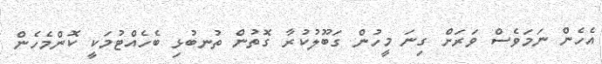
އެހެން ނަމަވެސް ވަރަށް ގިނަ މީހުން ގަބޫލުކުރާ ގޮތުން ތުނބުޅި ބެހެއްޓުމަކީ ކޮންމެހެން